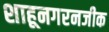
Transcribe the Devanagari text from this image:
शाहूनगरनजीक